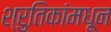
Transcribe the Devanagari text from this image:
श्रुतिकांमधून